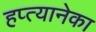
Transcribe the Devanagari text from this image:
हप्त्यानेका